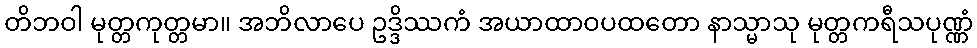
တိဘဝါ မုတ္တကုတ္တမာ။ အဘိလာပေ ဥဒ္ဒိဿကံ အယာထာဝပထတော နာသ္မာသု မုတ္တကရီသပုဏ္ဏံ